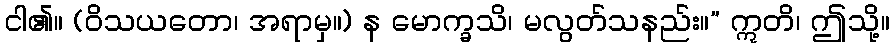
ငါ၏။ (ဝိသယတော၊ အရာမှ။) န မောက္ခသိ၊ မလွတ်သနည်း။” ဣတိ၊ ဤသို့။